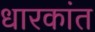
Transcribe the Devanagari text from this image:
धारकांत